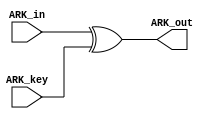
`timescale 1ns/1ns

module ARK (
    output [4*4*8 - 1 : 0] ARK_out,
    input [4*4*8 - 1 : 0] ARK_in,
    input [4*4*8 - 1 : 0] ARK_key
);

assign ARK_out = ARK_in ^ ARK_key;
    
endmodule